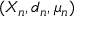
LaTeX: ( X _ { n } , d _ { n } , \mu _ { n } )